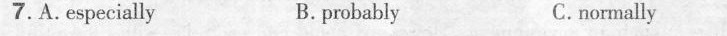
7. A. Especially B. probably C. normally